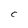
Character: C